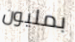
بمليون